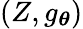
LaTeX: (Z,g_{\boldsymbol{\theta}})